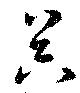
昃